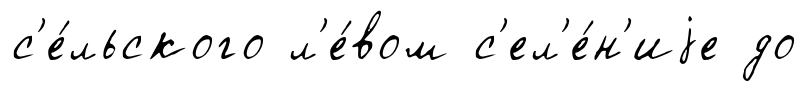
с'е́льского л'е́вом с'ел'е́н'иjе до